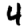
Digit: 4